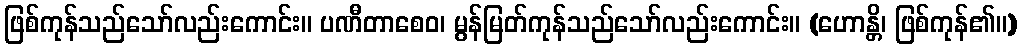
ဖြစ်ကုန်သည်သော်လည်းကောင်း။ ပဏီတာစေဝ၊ မွန်မြတ်ကုန်သည်သော်လည်းကောင်း။ (ဟောန္တိ၊ ဖြစ်ကုန်၏။)